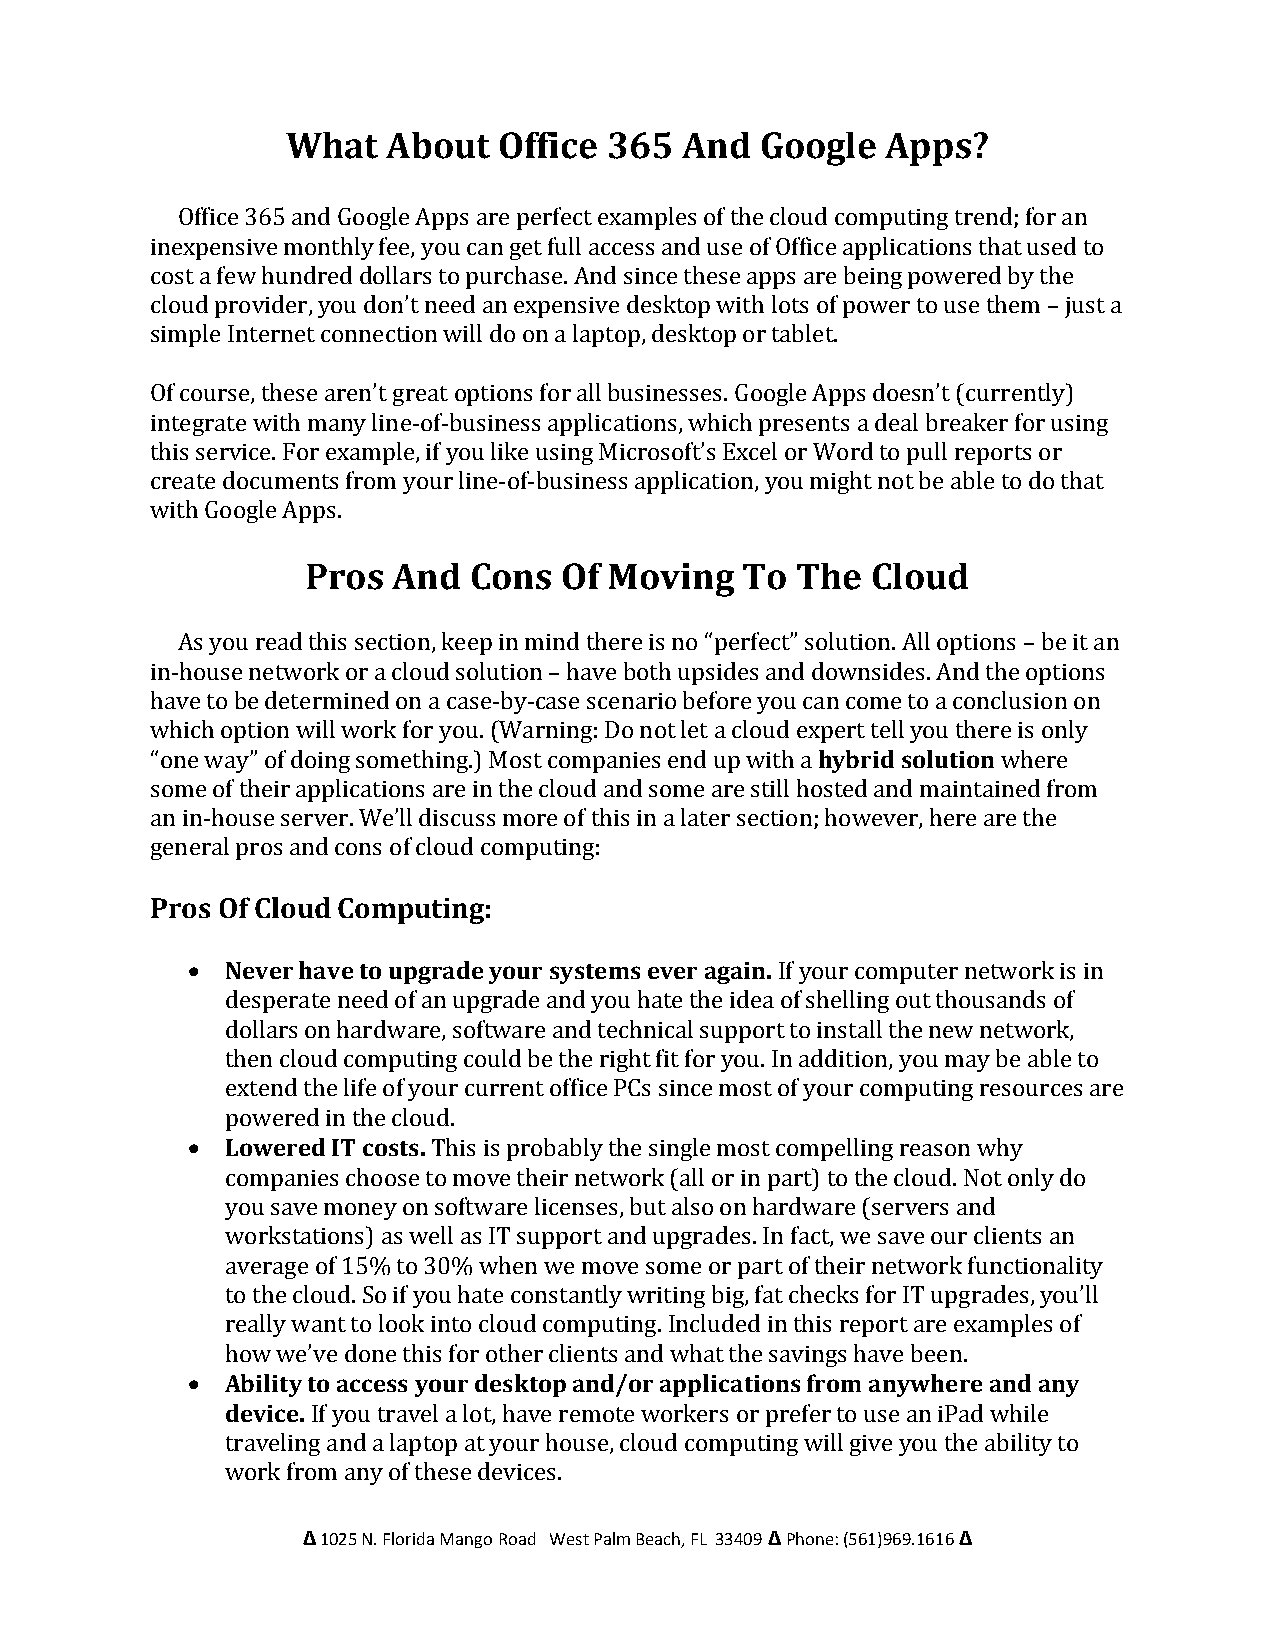
What   About  Office 365  And  Google   Apps?
 Office 365 and Google Apps are perfect examples of the cloud computing trend; for an
 inexpensive monthly fee, you can get full access and use of Office applications that used to
 cost a few hundred dollars to purchase. And since these apps are being powered by the
 cloud provider, you don’t need an expensive desktop with lots of power to use them – just a
 simple Internet connection will do on a laptop, desktop or tablet.
 Of course, these aren’t great options for all businesses. Google Apps doesn’t (currently)
 integrate with many line-of-business applications, which presents a deal breaker for using
 this service. For example, if you like using Microsoft’s Excel or Word to pull reports or
 create documents from your line-of-business application, you might not be able to do that
 with Google Apps.
 Pros  And  Cons  Of Moving   To  The  Cloud
 As you read this section, keep in mind there is no “perfect” solution. All options – be it an
 in-house network or a cloud solution – have both upsides and downsides. And the options
 have to be determined on a case-by-case scenario before you can come to a conclusion on
 which option will work for you. (Warning: Do not let a cloud expert tell you there is only
 “one way” of doing something.) Most companies end up with a hybrid solution where
 some of their applications are in the cloud and some are still hosted and maintained from
 an in-house server. We’ll discuss more of this in a later section; however, here are the
 general pros and cons of cloud computing:
 Pros Of Cloud Computing:
   Never have to upgrade your systems ever again. If your computer network is in
 desperate need of an upgrade and you hate the idea of shelling out thousands of
 dollars on hardware, software and technical support to install the new network,
 then cloud computing could be the right fit for you. In addition, you may be able to
 extend the life of your current office PCs since most of your computing resources are
 powered in the cloud.
   Lowered IT costs. This is probably the single most compelling reason why
 companies choose to move their network (all or in part) to the cloud. Not only do
 you save money on software licenses, but also on hardware (servers and
 workstations) as well as IT support and upgrades. In fact, we save our clients an
 average of 15% to 30% when we move some or part of their network functionality
 to the cloud. So if you hate constantly writing big, fat checks for IT upgrades, you’ll
 really want to look into cloud computing. Included in this report are examples of
 how we’ve done this for other clients and what the savings have been.
   Ability to access your desktop and/or applications from anywhere and any
 device. If you travel a lot, have remote workers or prefer to use an iPad while
 traveling and a laptop at your house, cloud computing will give you the ability to
 work from any of these devices.
 Δ 1025 N. Florida Mango Road West Palm Beach, FL 33409 Δ Phone: (561)969.1616 Δ